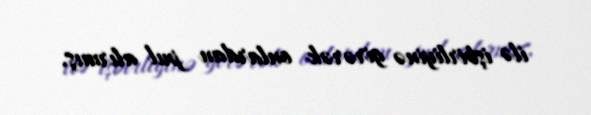
ilə işbirliyinə girərək onlardan pul alırmış.